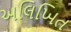
અલિખિત